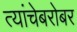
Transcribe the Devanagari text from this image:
त्यांचेबरोबर